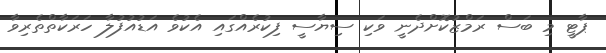
ޕާޓީ މި ބަސް ރަމްޒުކޮށްދެނީ ވަކި ސިޔާސީ ފިކުރެއްގައި އެކުވެ އަޑުއުފުލާ ހަރަކާތްތެރިވާ